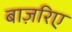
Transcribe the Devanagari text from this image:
बाज़रिए